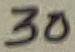
Text: 30